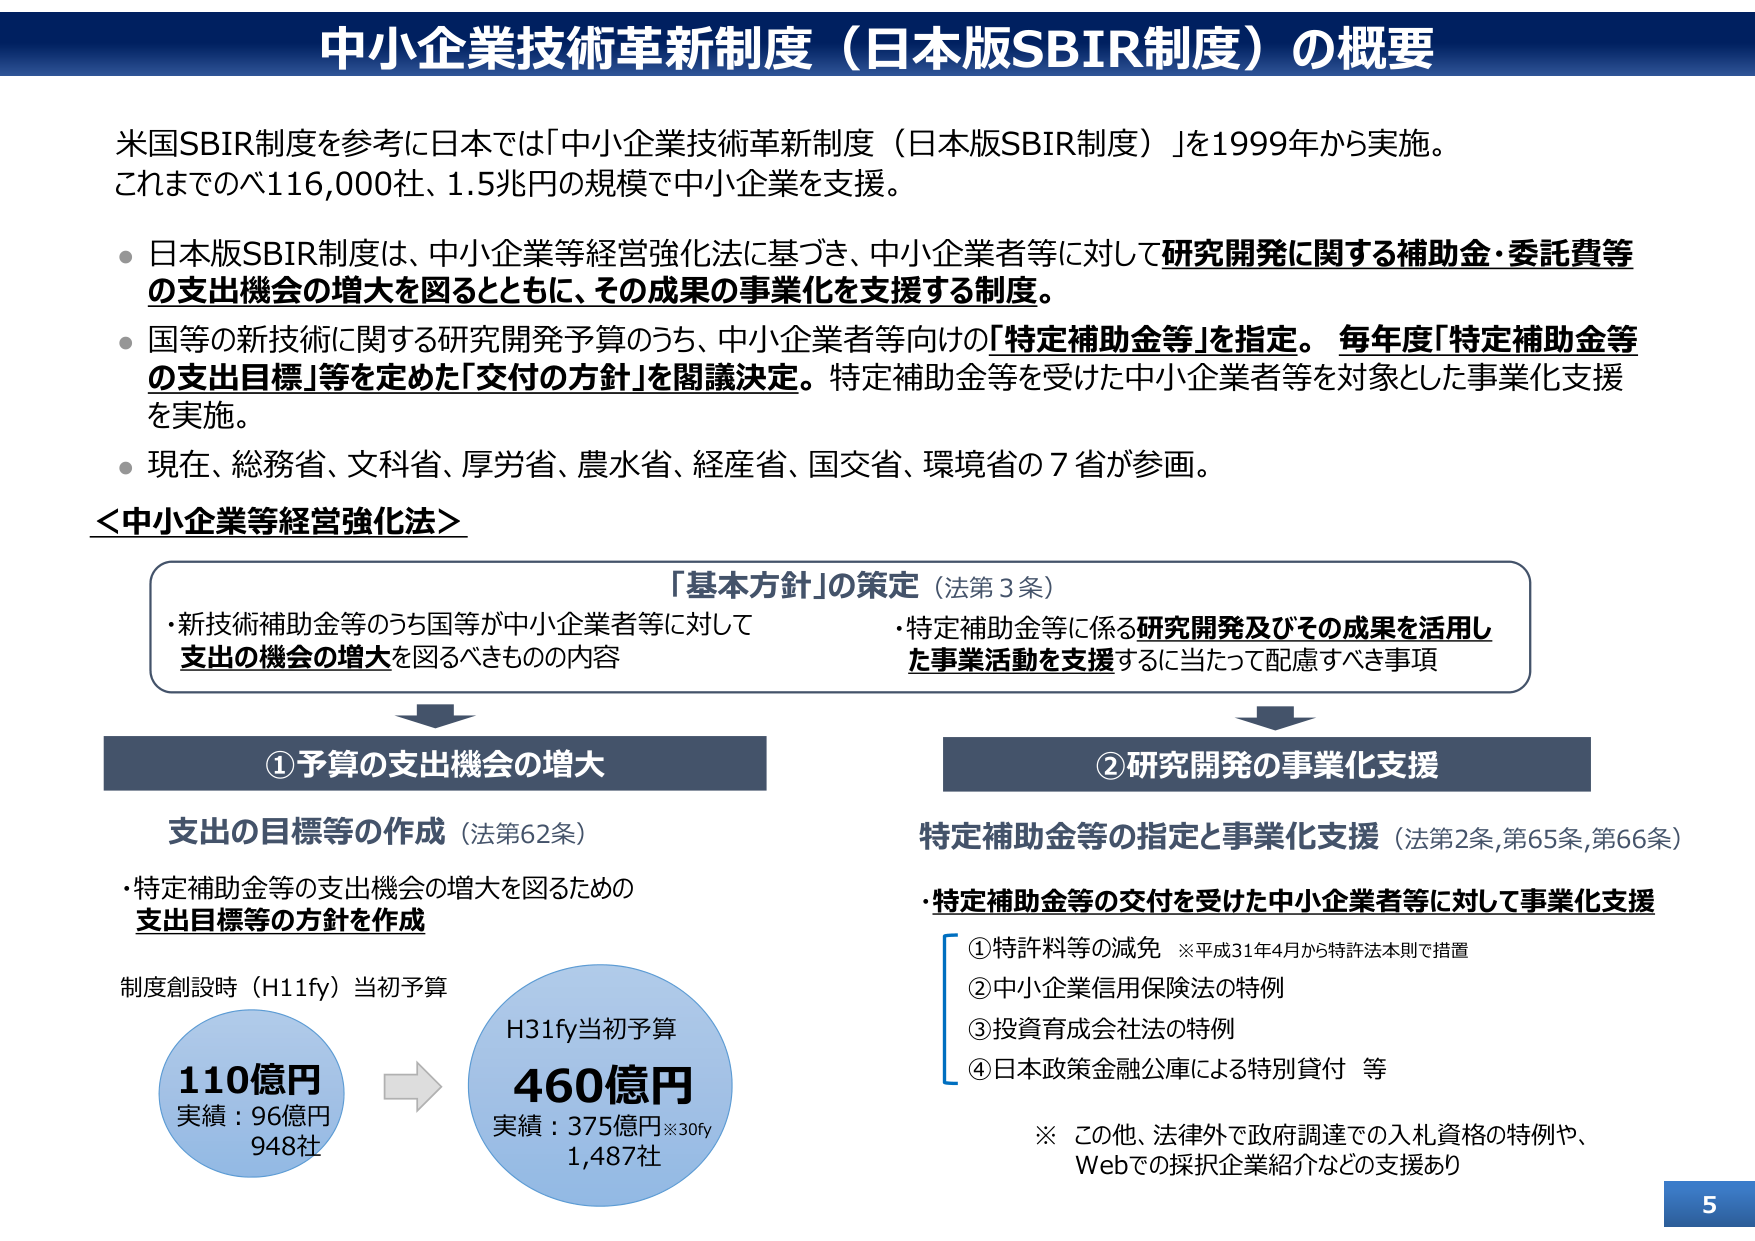
中小企業技術革新制度（日本版SBIR制度）の概要

米国SBIR制度を参考に日本では「中小企業技術革新制度（日本版SBIR制度）」を1999年から実施。
これまでのべ116,000社、1.5兆円の規模で中小企業を支援。

・日本版SBIR制度は、中小企業等経営強化法に基づき、中小企業者等に対して研究開発に関する補助金・委託費等の支出機会の増大を図るとともに、その成果の事業化を支援する制度。

・国等の新技術に関する研究開発予算のうち、中小企業者等向けの「特定補助金等」を指定。 毎年度「特定補助金等の支出目標」等を定めた「交付の方針」を閣議決定。特定補助金等を受けた中小企業者等を対象とした事業化支援を実施。

・現在、総務省、文科省、厚労省、農水省、経産省、国交省、環境省の7省が参画。

＜中小企業等経営強化法＞

「基本方針」の策定（法第3条）
・新技術補助金等のうち国等が中小企業者等に対して支出の機会の増大を図るべきものの内容
・特定補助金等に係る研究開発及びその成果を活用した事業活動を支援するに当たって配慮すべき事項

①予算の支出機会の増大
支出の目標等の作成（法第62条）
・特定補助金等の支出機会の増大を図るための支出目標等の方針を作成

制度創設時（H11fy）当初予算
110億円
実績：96億円
948社

H31fy当初予算
460億円
実績：375億円※30fy
1,487社

②研究開発の事業化支援
特定補助金等の指定と事業化支援（法第2条,第65条,第66条）
・特定補助金等の交付を受けた中小企業者等に対して事業化支援
①特許料等の減免　※平成31年4月から特許法本則で措置
②中小企業信用保険法の特例
③投資育成会社法の特例
④日本政策金融公庫による特別貸付　等

※　この他、法律外で政府調達での入札資格の特例や、Webでの採択企業紹介などの支援あり

5